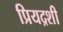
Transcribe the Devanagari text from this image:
प्रियद्रशी